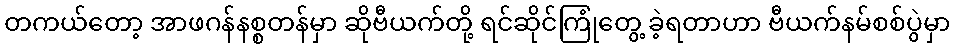
တကယ်တော့ အာဖဂန်နစ္စတန်မှာ ဆိုဗီယက်တို့ ရင်ဆိုင်ကြုံတွေ့ ခဲ့ရတာဟာ ဗီယက်နမ်စစ်ပွဲမှာ